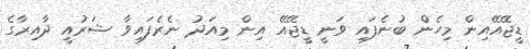
ޑީޖޭއޭއިން މިހެން ބުނެފައި ވަނީ ޑީޖޭއޭ އިން މިއަދު ނެރެފައިވާ ޝަރުއީ ދާއިރާގެ